Vaccination report Assam 1896-1927 - 1896-1927
Year: 1896
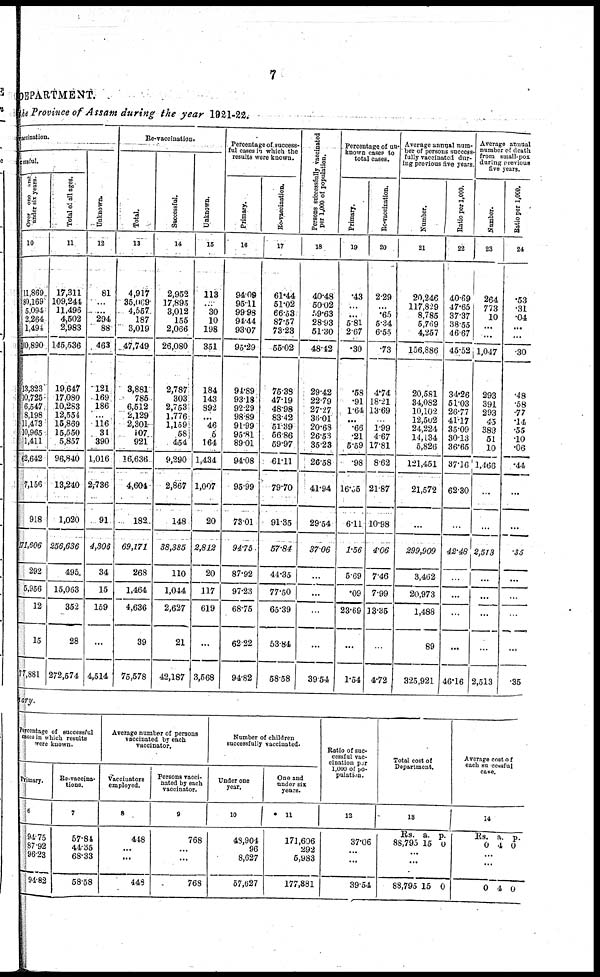
7
DEPARTMENT.
the Province of Assam during the year 1921-22.
vaccination.
cessful.
Over one and
under six years.
10
11,869
80,169
5,094
2,264
1,494
100,890
13,323
10,725
6,547
8,198
11,473
10,965
1,411
62,642
7,156
918
171,606
292
5,956
12
15
77,881
Total of all ages.
11
17,311
109,241
11,496
4,502
2,983
145,536
19,647
17,080
10,283
12,554
15,869
15,550
5,857
96,840
13,240
1,020
256,636
495
15,063
352
28
272,574
Unknown.
12
81
...
...
294
88
463
121
169
186
...
116
31
390
1,016
2,736
91
4,306
34
15
159
...
4,514
Re-vaccination.
Total.
13
4,917
35,069
4,557
187
3,019
47,749
3,881
785
6,512
2,129
2,301
107
921
16,636
4,604
182
69,171
268
1,464
4,636
39
75,578
Successful.
14
2,952
17,895
3,012
155
2,066
26,080
2,787
303
2,753
1,776
1,159
58
454
9,290
2,867
148
38,385
110
1,044
2,627
21
42,187
Unknown.
15
113
...
30
10
198
351
184
143
892
...
46
5
164
1,434
1,007
20
2,812
20
117
619
...
3,568
Percentage of success-
ful cases in which the
results were known.
Primary.
16
94.09
95.11
99.98
94.44
93.07
95.29
94.89
93.18
92.29
98.89
91.99
95.81
89.01
94.08
95.99
73.01
94.75
87.92
97.23
68.75
62.22
94.82
Re-vaccination.
17
61.44
51.02
66.53
87.57
73.23
55.02
75.38
47.19
48.98
83.42
51.39
56.86
59.97
61.11
79.70
91.35
57.84
44.35
77.50
65.39
53.84
58.58
Persons successfully vaccinated
per 1,000 of population.
18
40.48
50.02
59.63
28.93
51.30
48.42
29.42
22.79
27.27
36.01
20.68
26.53
35.23
26.58
41.94
29.54
37.06
...
...
...
...
39.54
Percentage of un¬
known cases to
total cases.
Primary.
19
.43
...
...
5.81
2.67
.30
.58
.91
1.64
...
.66
.21
5.59
.98
16.55
6.11
1.56
5.69
.09
23.69
...
1.54
Re-vaccination.
20
2.29
...
.65
5.34
6.55
.73
4.74
18.21
13.69
...
1.99
4.67
17.81
8.62
21.87
10.98
4.06
7.46
7.99
13.35
...
4.72
Average annual num-
ber of persons success-
-ully vaccinated dur-
ing previous five years.
Number.
21
20,246
117,829
8,785
5,769
4,257
156,886
20,581
34,082
10,102
12,502
24,224
14,134
5,826
121,451
21,572
...
299,909
3,462
20,973
1,488
89
325,921
Ratio per 1,000.
22
40.69
47.65
37.37
38.55
46.67
45.52
34.26
51.03
26.77
41.17
35.09
30.13
36.65
37.16
62.30
...
42.48
...
...
...
...
46.16
Average annual
number of death
from small-pox
during previous
five years.
Number.
23
264
773
10
...
...
1,047
293
391
293
45
383
51
10
1,466
...
...
2,513
...
...
...
...
2,513
Ratio per 1,000.
24
.53
.31
.04
...
...
.30
.48
.58
.77
.14
.55
.10
.06
.44
...
...
.35
...
...
...
...
.35
mary.
Percentage of successful
cases in which results
were known.
Primary.
6
94.75
87.92
96.23
94.82
Re-vaccina¬
tions.
7
57.84
44.35
68.33
58.58
Average number of persons
vaccinated by each
vaccinator.
Vaccinators
employed.
8
448
...
...
448
Persons vacci-
nated by each
vaccinator.
9
768
...
...
768
Number of children
successfully vaccinated.
Under one
year.
10
48,904
96
8,627
57,627
One and
under six
years.
11
171,606
292
5,983
177,881
Ratio of suc-
cessful vac-
cination per
1,000 of po-
pulation.
12
37.06
...
...
39.54
Total cost of
Department.
13
Rs.
88,795
a.
15
p.
0
...
...
88,795 15 0
Average cost of
each succesful
case.
14
Rs.
0
a.
4
p.
0
...
...
0 4 0